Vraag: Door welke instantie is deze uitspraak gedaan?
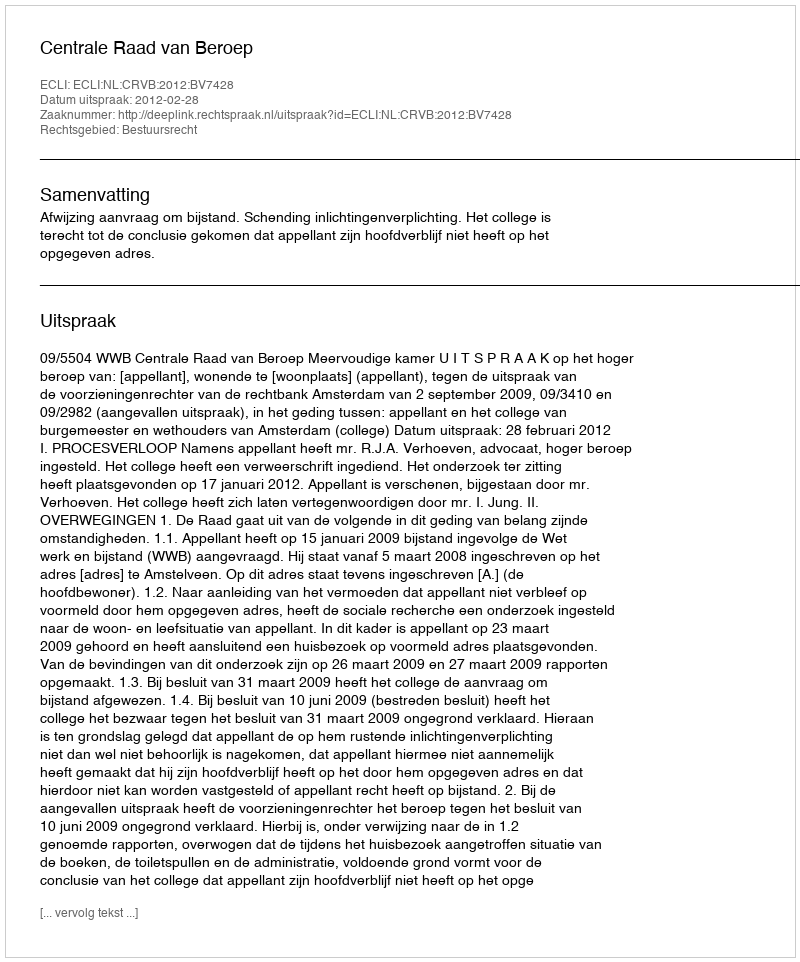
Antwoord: Centrale Raad van Beroep